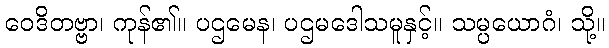
ဝေဒိတဗ္ဗာ၊ ကုန်၏။ ပဌမေန၊ ပဌမဒေါသမူနှင့်။ သမ္ပယောဂံ၊ သို့။